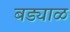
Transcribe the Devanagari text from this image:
बड्याळ